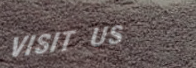
VISIT US